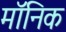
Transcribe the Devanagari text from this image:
मॉनिक